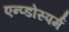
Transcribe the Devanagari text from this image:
एन्प्डोस्पर्म